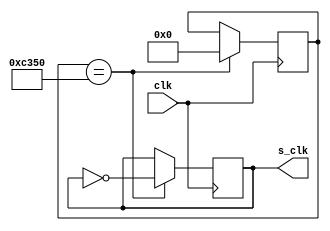
`timescale 1ns / 1ps
//////////////////////////////////////////////////////////////////////////////////
// Company: 
// Engineer: 
// 
// Design Name: 
// Module Name: slow_clk
// Project Name: 
// Target Devices: 
// Tool Versions: 
// Description: 
// 
// Dependencies: 
// 
// Revision:
// Revision 0.01 - File Created
// Additional Comments:
// 
//////////////////////////////////////////////////////////////////////////////////


module slow_clk(
    input clk,
    output reg s_clk
    );
    
    reg [16:0] count;
    initial
    begin
    s_clk <= 1;
    count <= 0;
    end
    
    always@(posedge clk)
    begin
        count <= count + 1;
        if(count==50000) 
        begin
        s_clk <= ~s_clk;
        count = 0;
        end
        else    s_clk <= s_clk;
    end
    
endmodule